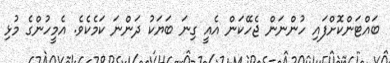
ބައްޓަންކޮށްފައި ހުންނަން ޖެހޭކަން އެއީ ގިނަ ބަޔަކު ދަންނަ ކަމެކެވެ. އެމީހުންގެ މުޅި